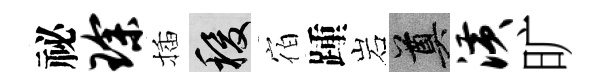
祕琛插稷宿踵岩奠潢旷